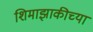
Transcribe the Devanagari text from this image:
शिमाझाकीच्या